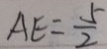
A E = \frac { 5 } { 2 }